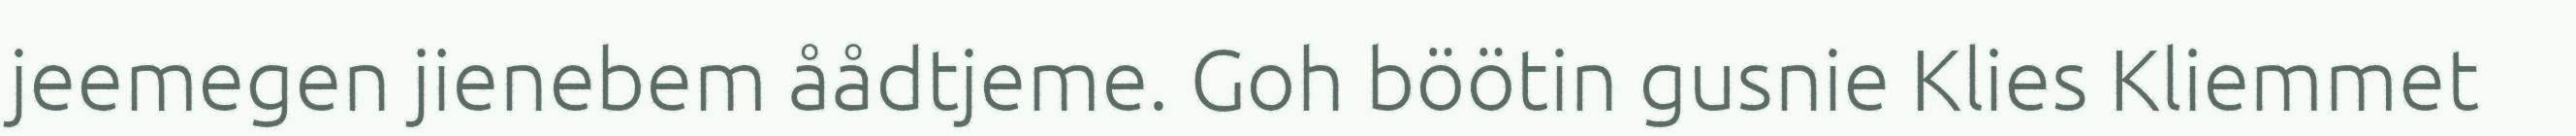
jeemegen jienebem åådtjeme. Goh böötin gusnie Klies Kliemmet